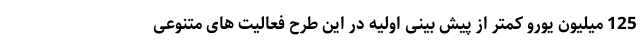
125 میلیون یورو کمتر از پیش بینی اولیه در این طرح فعالیت های متنوعی